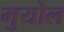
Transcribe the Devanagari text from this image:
मुयोल